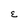
Character: E